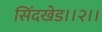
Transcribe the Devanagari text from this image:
सिंदखेड।।२।।